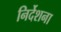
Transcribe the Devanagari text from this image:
निर्देशना